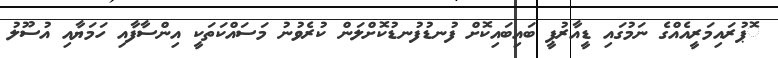
ޮޕުރައިމަރީއެއްގެ ނަމުގައި ޑީއާރުޕީ ބައިބައިކޮށް ފުނޑުފުނޑުކޮށްލަން ކުރެވުނު މަސައްކަތަކީ އިންސާފާއި ހަމަޔާއި އުސޫލު